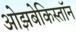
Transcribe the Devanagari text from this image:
ओझबेकिस्तॉन